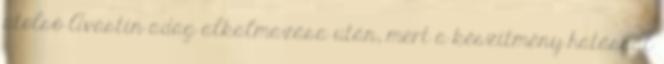
utolsó Avastin adag alkalmazása után, mert a készítmény hatással